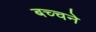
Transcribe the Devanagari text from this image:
बच्चने